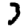
Digit: 3